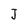
Character: J